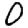
Digit: 0